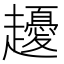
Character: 𧾤